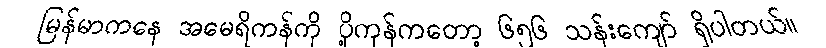
မြန်မာကနေ အမေရိကန်ကို ပို့ကုန်ကတော့ ၆၅၆ သန်းကျော် ရှိပါတယ်။